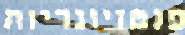
פנטזיונריות